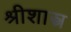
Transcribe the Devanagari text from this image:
श्रीशास्त्र